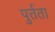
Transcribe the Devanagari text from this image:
पुर्तता